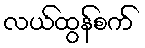
လယ်ထွန်စက်